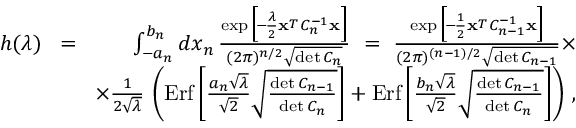
\begin{array} { r l r } { h ( \lambda ) } & { \! = \! } & { \int _ { - a _ { n } } ^ { b _ { n } } d x _ { n } \, { \frac { \exp \Big [ \! - \! { \frac { \lambda } { 2 } } { \bf x } ^ { _ T } C _ { n } ^ { - 1 } { \bf x } \Big ] } { ( 2 \pi ) ^ { n / 2 } \sqrt { \operatorname* { d e t } C _ { n } } } } \ = \ { \frac { \exp \Big [ \! - \! { \frac { 1 } { 2 } } { \bf x } ^ { _ T } C _ { n - 1 } ^ { - 1 } { \bf x } \Big ] } { ( 2 \pi ) ^ { ( n - 1 ) / 2 } \sqrt { \operatorname* { d e t } C _ { n - 1 } } } } \times } \\ & { } & { \times { \frac { 1 } { 2 \sqrt \lambda } } \, \left( \mathrm { E r f } \left[ { \frac { a _ { n } \sqrt \lambda } { \sqrt 2 } } \sqrt { \frac { \operatorname* { d e t } C _ { n - 1 } } { \operatorname* { d e t } C _ { n } } } \right] + \mathrm { E r f } \left[ { \frac { b _ { n } \sqrt \lambda } { \sqrt 2 } } \sqrt { \frac { \operatorname* { d e t } C _ { n - 1 } } { \operatorname* { d e t } C _ { n } } } \right] \right) \, , } \end{array}